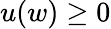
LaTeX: u(w)\geq 0